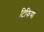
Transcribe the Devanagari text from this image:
टिफिया